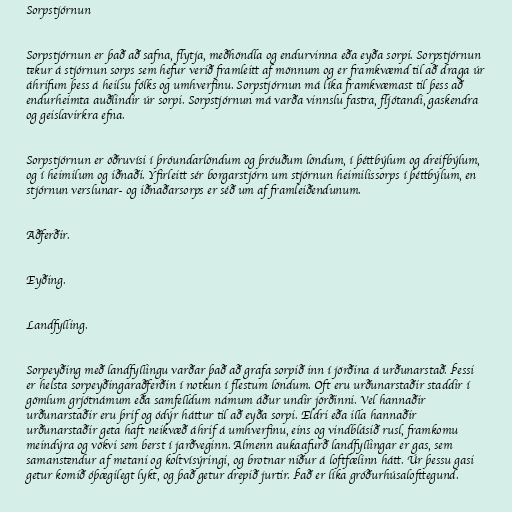
Sorpstjórnun

Sorpstjórnun er það að safna, flytja, meðhöndla og endurvinna eða eyða sorpi. Sorpstjórnun
tekur á stjórnun sorps sem hefur verið framleitt af mönnum og er framkvæmd til að draga úr
áhrifum þess á heilsu fólks og umhverfinu. Sorpstjórnun má líka framkvæmast til þess að
endurheimta auðlindir úr sorpi. Sorpstjórnun má varða vinnslu fastra, fljótandi, gaskendra
og geislavirkra efna.

Sorpstjórnun er öðruvísi í þróundarlöndum og þróuðum löndum, í þéttbýlum og dreifbýlum,
og í heimilum og iðnaði. Yfirleitt sér borgarstjórn um stjórnun heimilissorps í þéttbýlum, en
stjórnun verslunar- og iðnaðarsorps er séð um af framleiðendunum.

Aðferðir.

Eyðing.

Landfylling.

Sorpeyðing með landfyllingu varðar það að grafa sorpið inn í jörðina á urðunarstað. Þessi
er helsta sorpeyðingaraðferðin í notkun í flestum löndum. Oft eru urðunarstaðir staddir í
gömlum grjótnámum eða samfelldum námum áður undir jörðinni. Vel hannaðir
urðunarstaðir eru þrif og ódýr háttur til að eyða sorpi. Eldri eða illa hannaðir
urðunarstaðir geta haft neikvæð áhrif á umhverfinu, eins og vindblásið rusl, framkomu
meindýra og vökvi sem berst í jarðveginn. Almenn aukaafurð landfyllingar er gas, sem
samanstendur af metani og koltvísýringi, og brotnar niður á loftfælinn hátt. Úr þessu gasi
getur komið óþægilegt lykt, og það getur drepið jurtir. Það er líka gróðurhúsalofttegund.